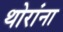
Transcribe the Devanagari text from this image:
थोरांना